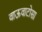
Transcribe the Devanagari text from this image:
वाऊवाटोसा